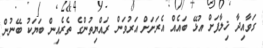
ގަވާއިދާ ޚިލާފަށް އުޅޭ ބައެއް އެރަށަށް އަރުވަން ރައްޔިތުންގެ ތެރެއިން ބަޔަކު ބޭނުން